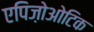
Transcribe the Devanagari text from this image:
एपिज़ोओटिक